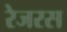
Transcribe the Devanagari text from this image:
रेजरस